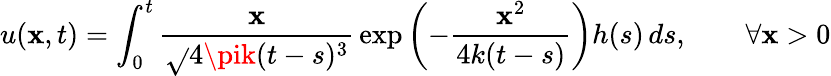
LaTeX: u(\mathbf{x},t)=\int_{0}^{t}{\frac{{\mathbf{x}}}{{\sqrt{}{{4\pik(t-s)^{3}}}}}}\exp\left(-{\frac{{\mathbf{x}^{2}}}{{4k(t-s)}}}\right)h(s)\, ds,\qquad\forall\mathbf{x}>0